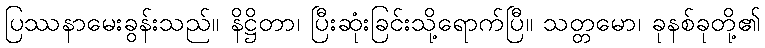
ပြဿနာမေးခွန်းသည်။ နိဋ္ဌိတာ၊ ပြီးဆုံးခြင်းသို့ရောက်ပြီ။ သတ္တမော၊ ခုနစ်ခုတို့၏